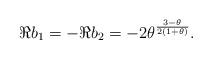
LaTeX: \begin{align*} \Re b_1=-\Re b_2 = -2 \theta^{\frac{3-\theta}{2(1+\theta)}}.\end{align*}